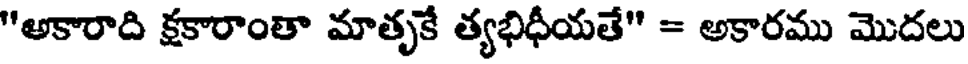
"అకారాది క్షకారాంతా మాతృకే త్యభిధీయతే" = అకారము మొదలు